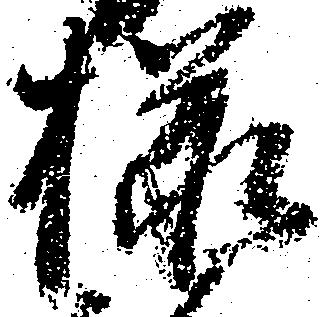
様